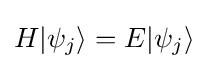
H|\psi _{j}\rangle =E|\psi _{j}\rangle